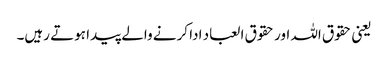
یعنی حقوق اللہ اور حقوق العباد ادا کرنے والے پیدا ہوتے رہیں۔